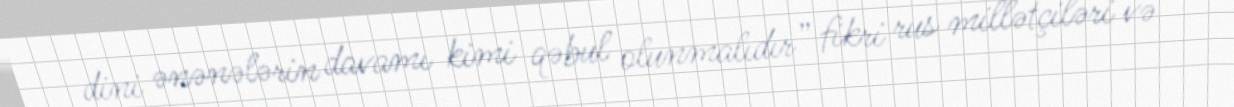
dini ənənələrin davamı kimi qəbul olunmalıdır” fikri rus millətçiləri və